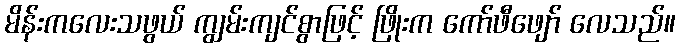
မိန်းကလေးသဖွယ် ကျွမ်းကျင်စွာဖြင့် ဖြိုးက ကော်ဖီဖျော် လေသည်။